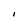
Character: I